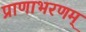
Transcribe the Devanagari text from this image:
प्राणाभरणम्‌